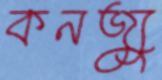
কনজ্যু